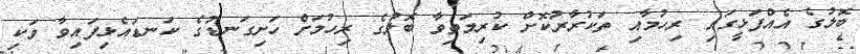
ބޮލުގެ އެއްފަޅީގައި ރިހުމާއި ތަކުރާރުކޮށް ކުރިމަތިވާ ބޮލުގެ ރިހުމަށް ހަށިގަނޑުގެ ކަނޑައެޅިފައިވާ ވަކި